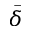
\Bar { \delta }